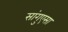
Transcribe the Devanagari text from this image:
सांगुएसा